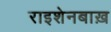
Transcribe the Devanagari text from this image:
राइशेनबाख़